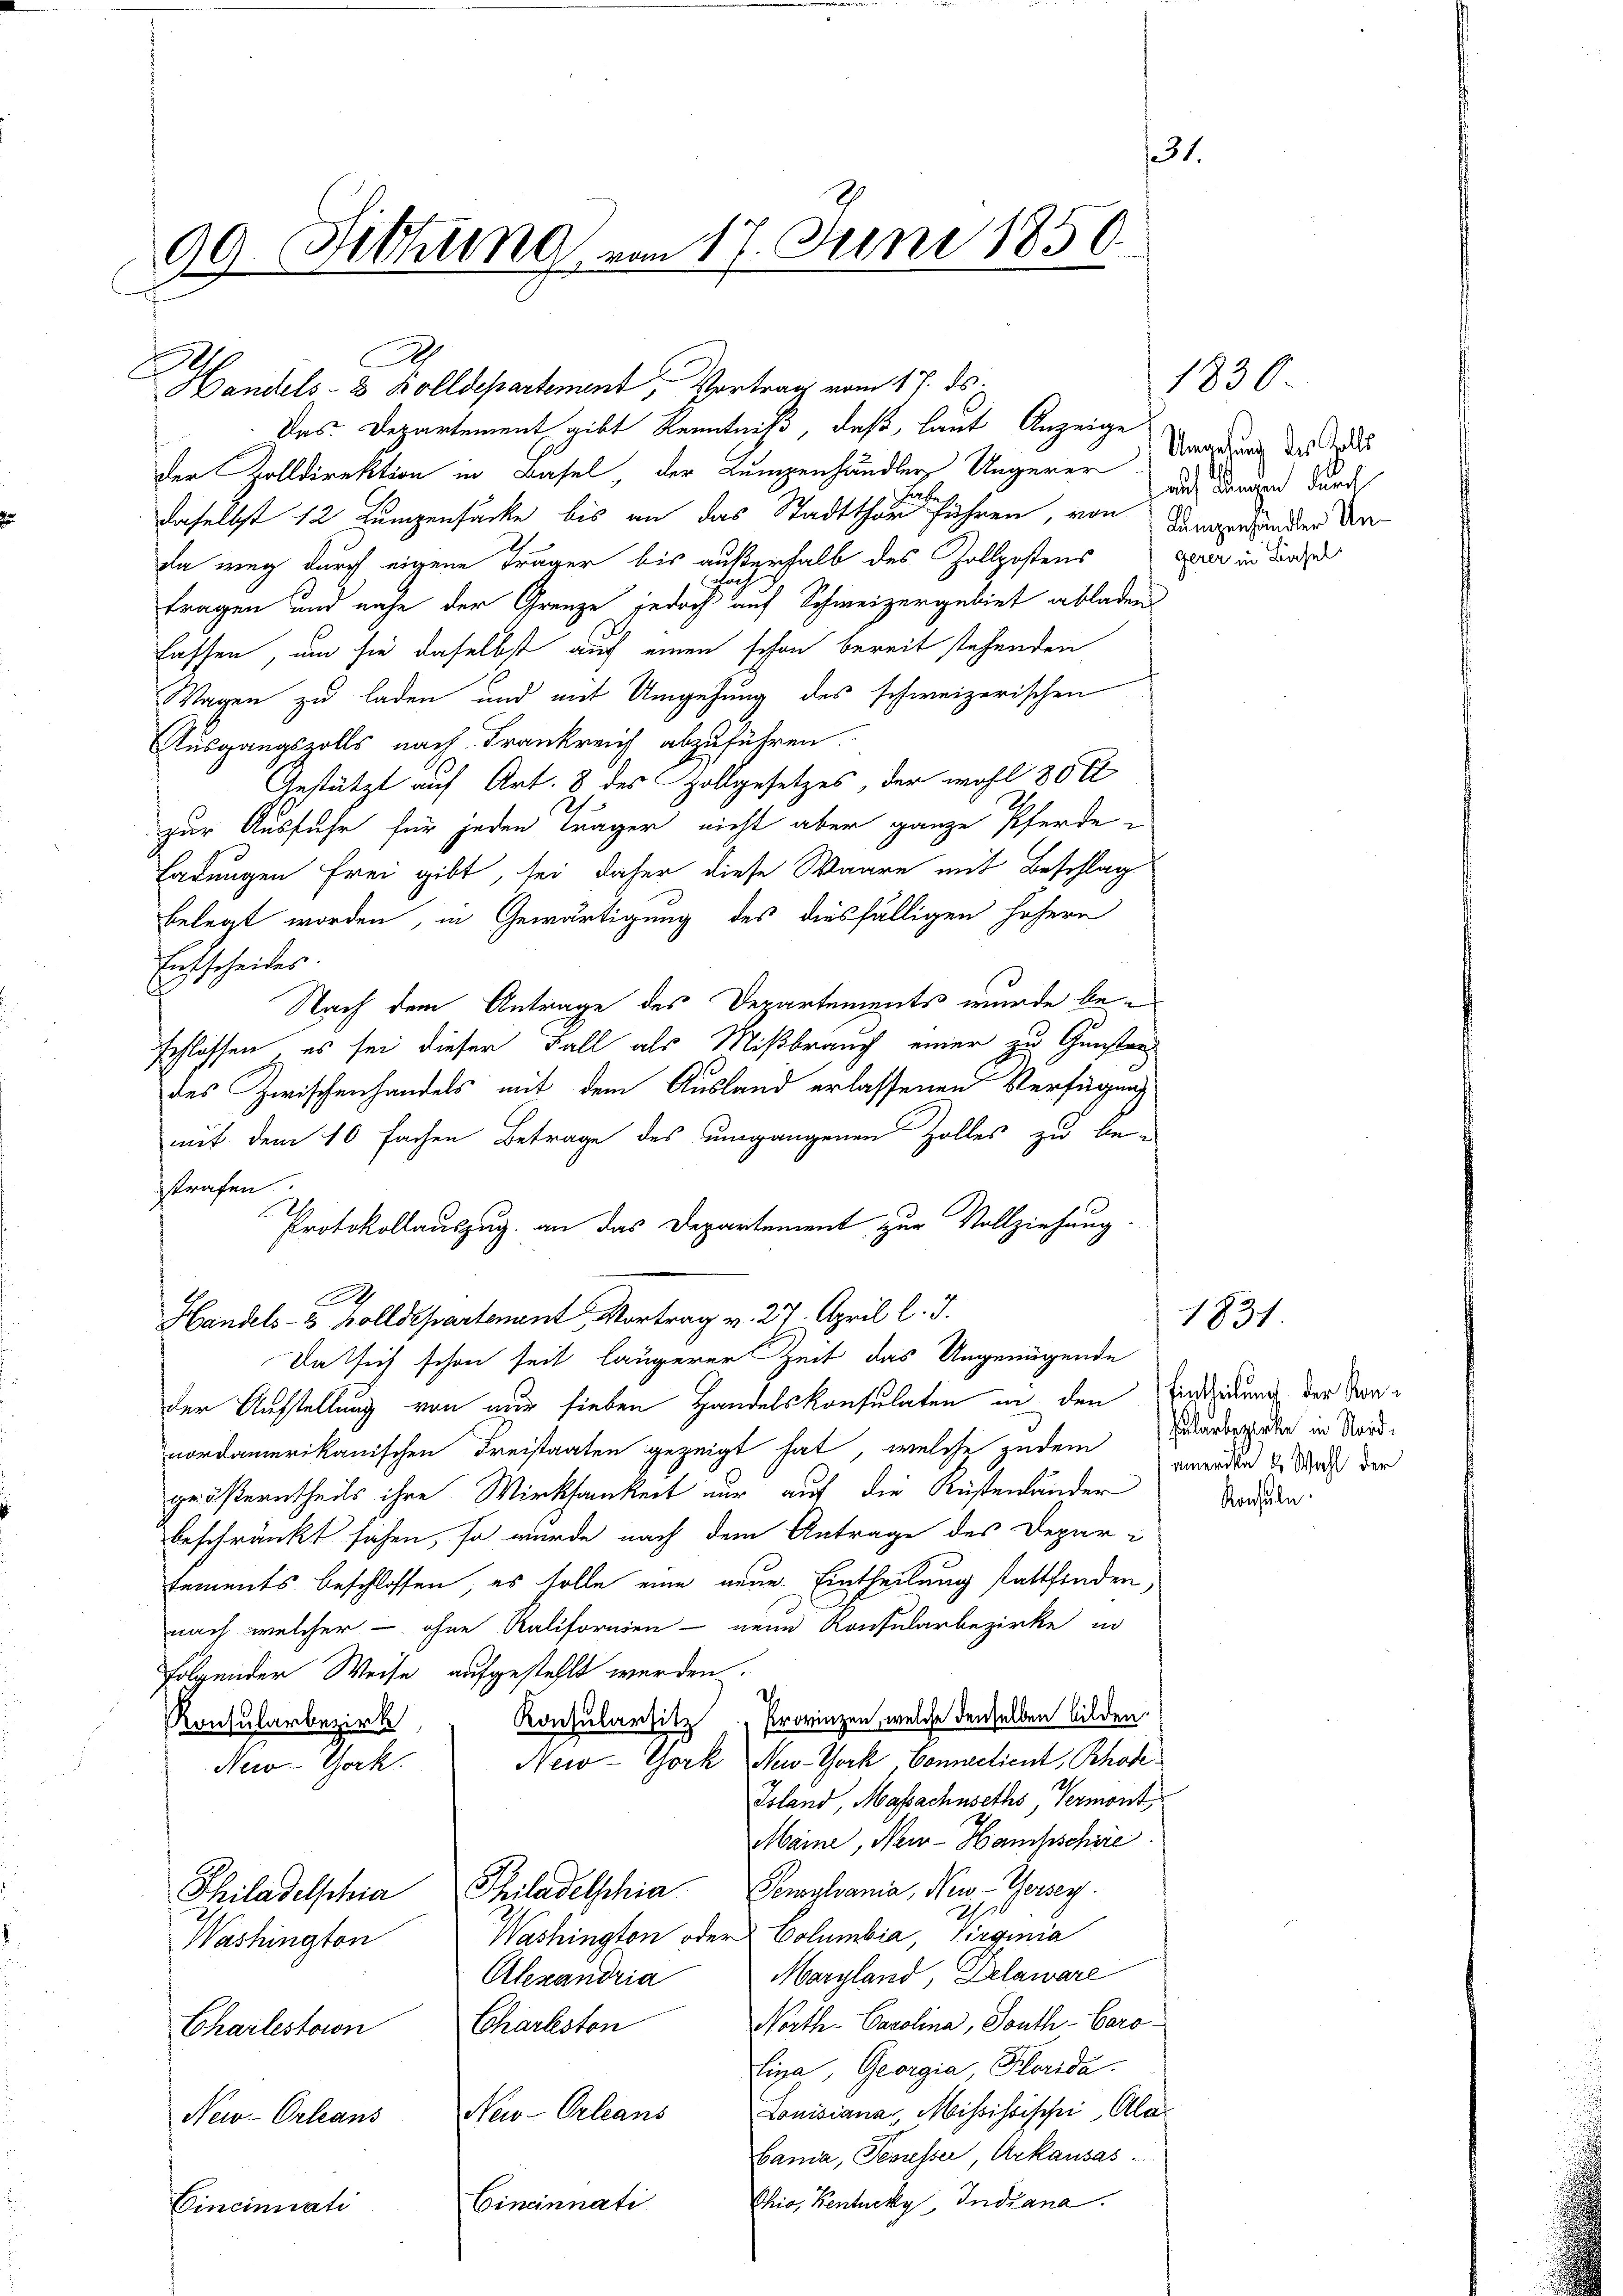
131.
99. Sitzung von 17. Juni 1850.

A

Handels- & Zolldepartement, Vortrag vom 17. ds.
der Zolldirektion in Basel, der Lumpenhändler Ungerer Umgehung des Todes
daselbst 12 Lumpensacke bis an das Stadtthor führen, von Dingersandter den
da weg durch eigene Träger bis außerhalb des Zollpostens
H
fragen und nahe der Grenze jedoch auf Schweizergebiet abladen
lassen, um sie daselbst auf einen schon bereit stehenden
Wagen zu laden und mit Umgehung des schweizerischen
Ausgangszolls nach Frankreich abzuführen.
Gestützt auf Art. 8 des Zollgesetzes, der wohl 30 fl
zur Ausfuhr für jeden träger nicht aber ganze Pferde
Ladungen frei gibt, sei daher diese Waare mit Beschlag
belegt worden, in Gewärtigung des diesfälligen höhern
Entscheides.
Nach dem Antrage des Departements wurde beschlossen, es sei dieser Fall als Mißbrauch einer zu Gunsten
des Zwischenhandels mit dem Ausland erlassenen Verfügung
mit dem 10 fachen Betrage des umgangenen Zolles zu bestrafen
Protokollauszug an das Departement zur Vollziehung.
.
Handels- 3 Zolldepartement . Vortrag v. 27. April l. J.
Da sich schon seit längerer Zeit das Ungenügende
der Aufstellung von nur sieben Handelskonsulaten in den Einsidung der Vornordamerikanischen Freistaaten gezeigt hat, welche zudem ander 4 Schrift der
größerntheils ihre Wirksamkeit nur auf die Küstenländer
beschränkt sehen, so wurde nach dem Antrage des Depar-
tements beschlossen, es solle eine neue Eintheilung stattfinden,
nach welcher - ohne Ralifornien - neue Konsularbezirke in
folgender Weise aufgestehlt werden.
d
Konsularsitz " Provinzen, welche denselben bilden.
Konsularbezirk
New-York New-York Connectient, Rhode
New-York
Toland, Massachuseths, Vermont,
Maine, New-Hampschire
Philadelphia Philadelphia Pensylvania, New-Yorsey.
h
Washington oder Columbia, Virginia
Washington
Maryland, Delaware
Alexandria
North. Carolina, South-Caro
Charleston
Charlestion
Lina, Georgia, Klorida.
Louisiana, Missistische Ala
New-Orleans
New-Orleans
Bania, Temesser, Urkausas
Chio, Kentucky, Indiana.
Cincinnati
Cincinuati

Das Departement gibt Kenntniß, daß, laut Anzeige

auch Wangen durch
gerer in Basel

1830.

Hilarbezirken in Nord¬
Konsule

1831